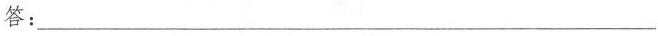
答:___